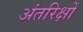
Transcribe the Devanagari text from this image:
अंतरिक्षों